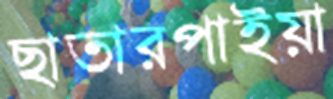
ছাতারপাইয়া